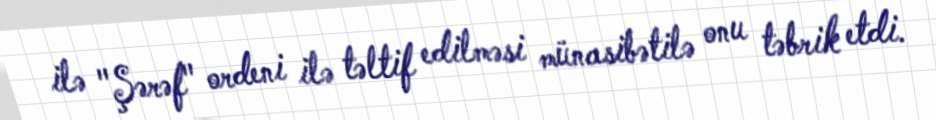
ilə "Şərəf" ordeni ilə təltif edilməsi münasibətilə onu təbrik etdi.